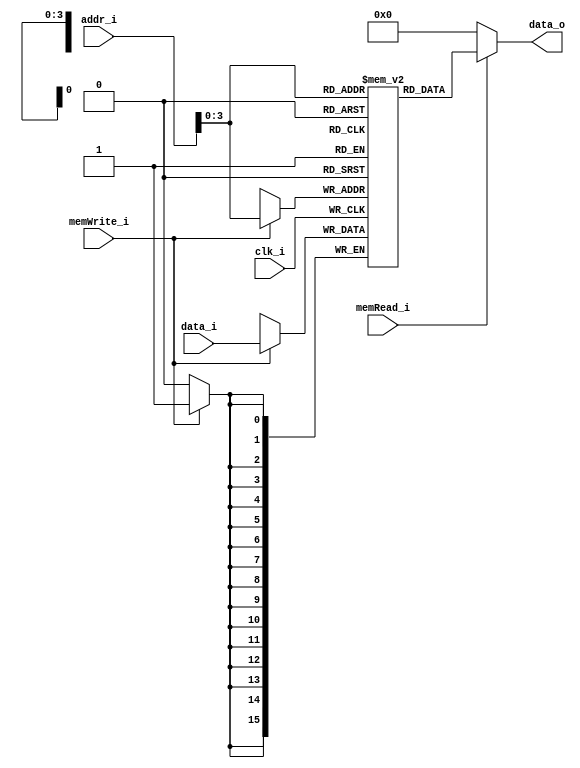
module DMEM(
	input wire clk_i,
	input wire memRead_i,
	input wire memWrite_i,
	input wire[15:0] data_i,
	input wire[15:0] addr_i,
	
	output wire [15:0] data_o
);
	reg[15:0] RAM[15:0];
	assign data_o = memRead_i ? RAM[addr_i] : 16'b0000_0000_0000_0000;

	always
		@(posedge clk_i) begin
			if(memWrite_i == 1'b1) begin
				RAM[addr_i] <= data_i;
			end
		end
endmodule